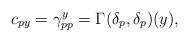
LaTeX: \begin{gather*}c_{py}=\gamma_{pp}^y=\Gamma(\delta_p, \delta_p)(y),\end{gather*}